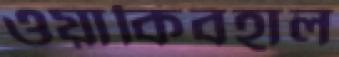
ওয়াকিবহাল